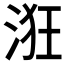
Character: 𣴥